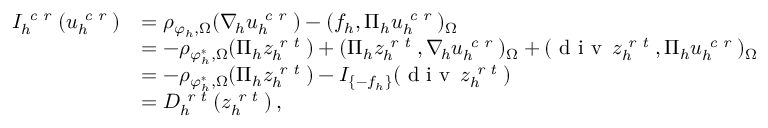
\begin{array} { r l } { I _ { h } ^ { \textit { c r } } ( u _ { h } ^ { \textit { c r } } ) } & { = \rho _ { \varphi _ { h } , \Omega } ( \nabla _ { \! h } u _ { h } ^ { \textit { c r } } ) - ( f _ { h } , \Pi _ { h } u _ { h } ^ { \textit { c r } } ) _ { \Omega } } \\ & { = - \rho _ { \varphi _ { h } ^ { * } , \Omega } ( \Pi _ { h } z _ { h } ^ { \textit { r t } } ) + ( \Pi _ { h } z _ { h } ^ { \textit { r t } } , \nabla _ { \! h } u _ { h } ^ { \textit { c r } } ) _ { \Omega } + ( \textup { d i v } \, z _ { h } ^ { \textit { r t } } , \Pi _ { h } u _ { h } ^ { \textit { c r } } ) _ { \Omega } } \\ & { = - \rho _ { \varphi _ { h } ^ { * } , \Omega } ( \Pi _ { h } z _ { h } ^ { \textit { r t } } ) - I _ { \{ - f _ { h } \} } ( \textup { d i v } \, z _ { h } ^ { \textit { r t } } ) } \\ & { = D _ { h } ^ { \textit { r t } } ( z _ { h } ^ { \textit { r t } } ) \, , } \end{array}